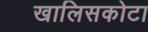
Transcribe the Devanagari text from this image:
खालिसकोटा